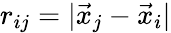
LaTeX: r_{ij}=|\vec{x}_{j}-\vec{x}_{i}|